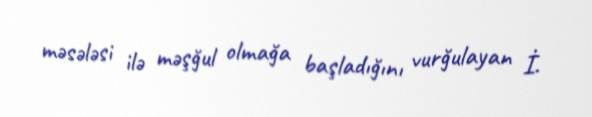
məsələsi ilə məşğul olmağa başladığını vurğulayan İ.